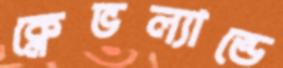
ক্লেভল্যান্ডে